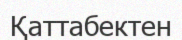
Қаттабектен